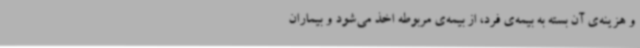
و هزینه‌ی آن بسته به بیمه‌ی فرد، از بیمه‌ی مربوطه اخذ می‌شود و بیماران